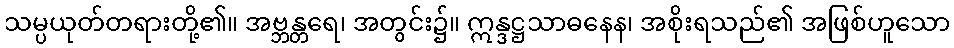
သမ္ပယုတ်တရားတို့၏။ အဗ္ဘန္တရေ၊ အတွင်း၌။ ဣန္ဒဋ္ဌသာဓနေန၊ အစိုးရသည်၏ အဖြစ်ဟူသော